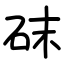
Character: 砞